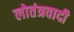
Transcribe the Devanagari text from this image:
लोतंत्रवादी